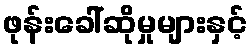
ဖုန်းခေါ်ဆိုမှုများနှင့်